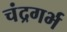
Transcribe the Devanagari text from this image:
चंद्रगर्भ